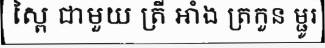
ស្ពៃ ជាមួយ ត្រី អាំង ត្រកួន ម្ជូរ